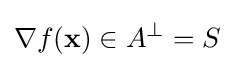
\nabla f(\mathbf {x} )\in A^{\perp }=S